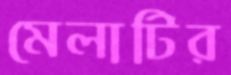
মেলাটির